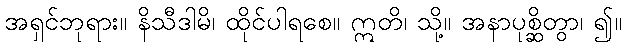
အရှင်ဘုရား။ နိသီဒါမိ၊ ထိုင်ပါရစေ။ ဣတိ၊ သို့။ အနာပုစ္ဆိတွာ၊ ၍။